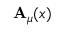
\mathbf { A } _ { \mu } ( x )